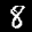
Label: 8